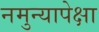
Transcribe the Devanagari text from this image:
नमुन्यापेक्षा